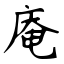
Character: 庵